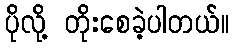
ပိုလို့ တိုးစေခဲ့ပါတယ်။